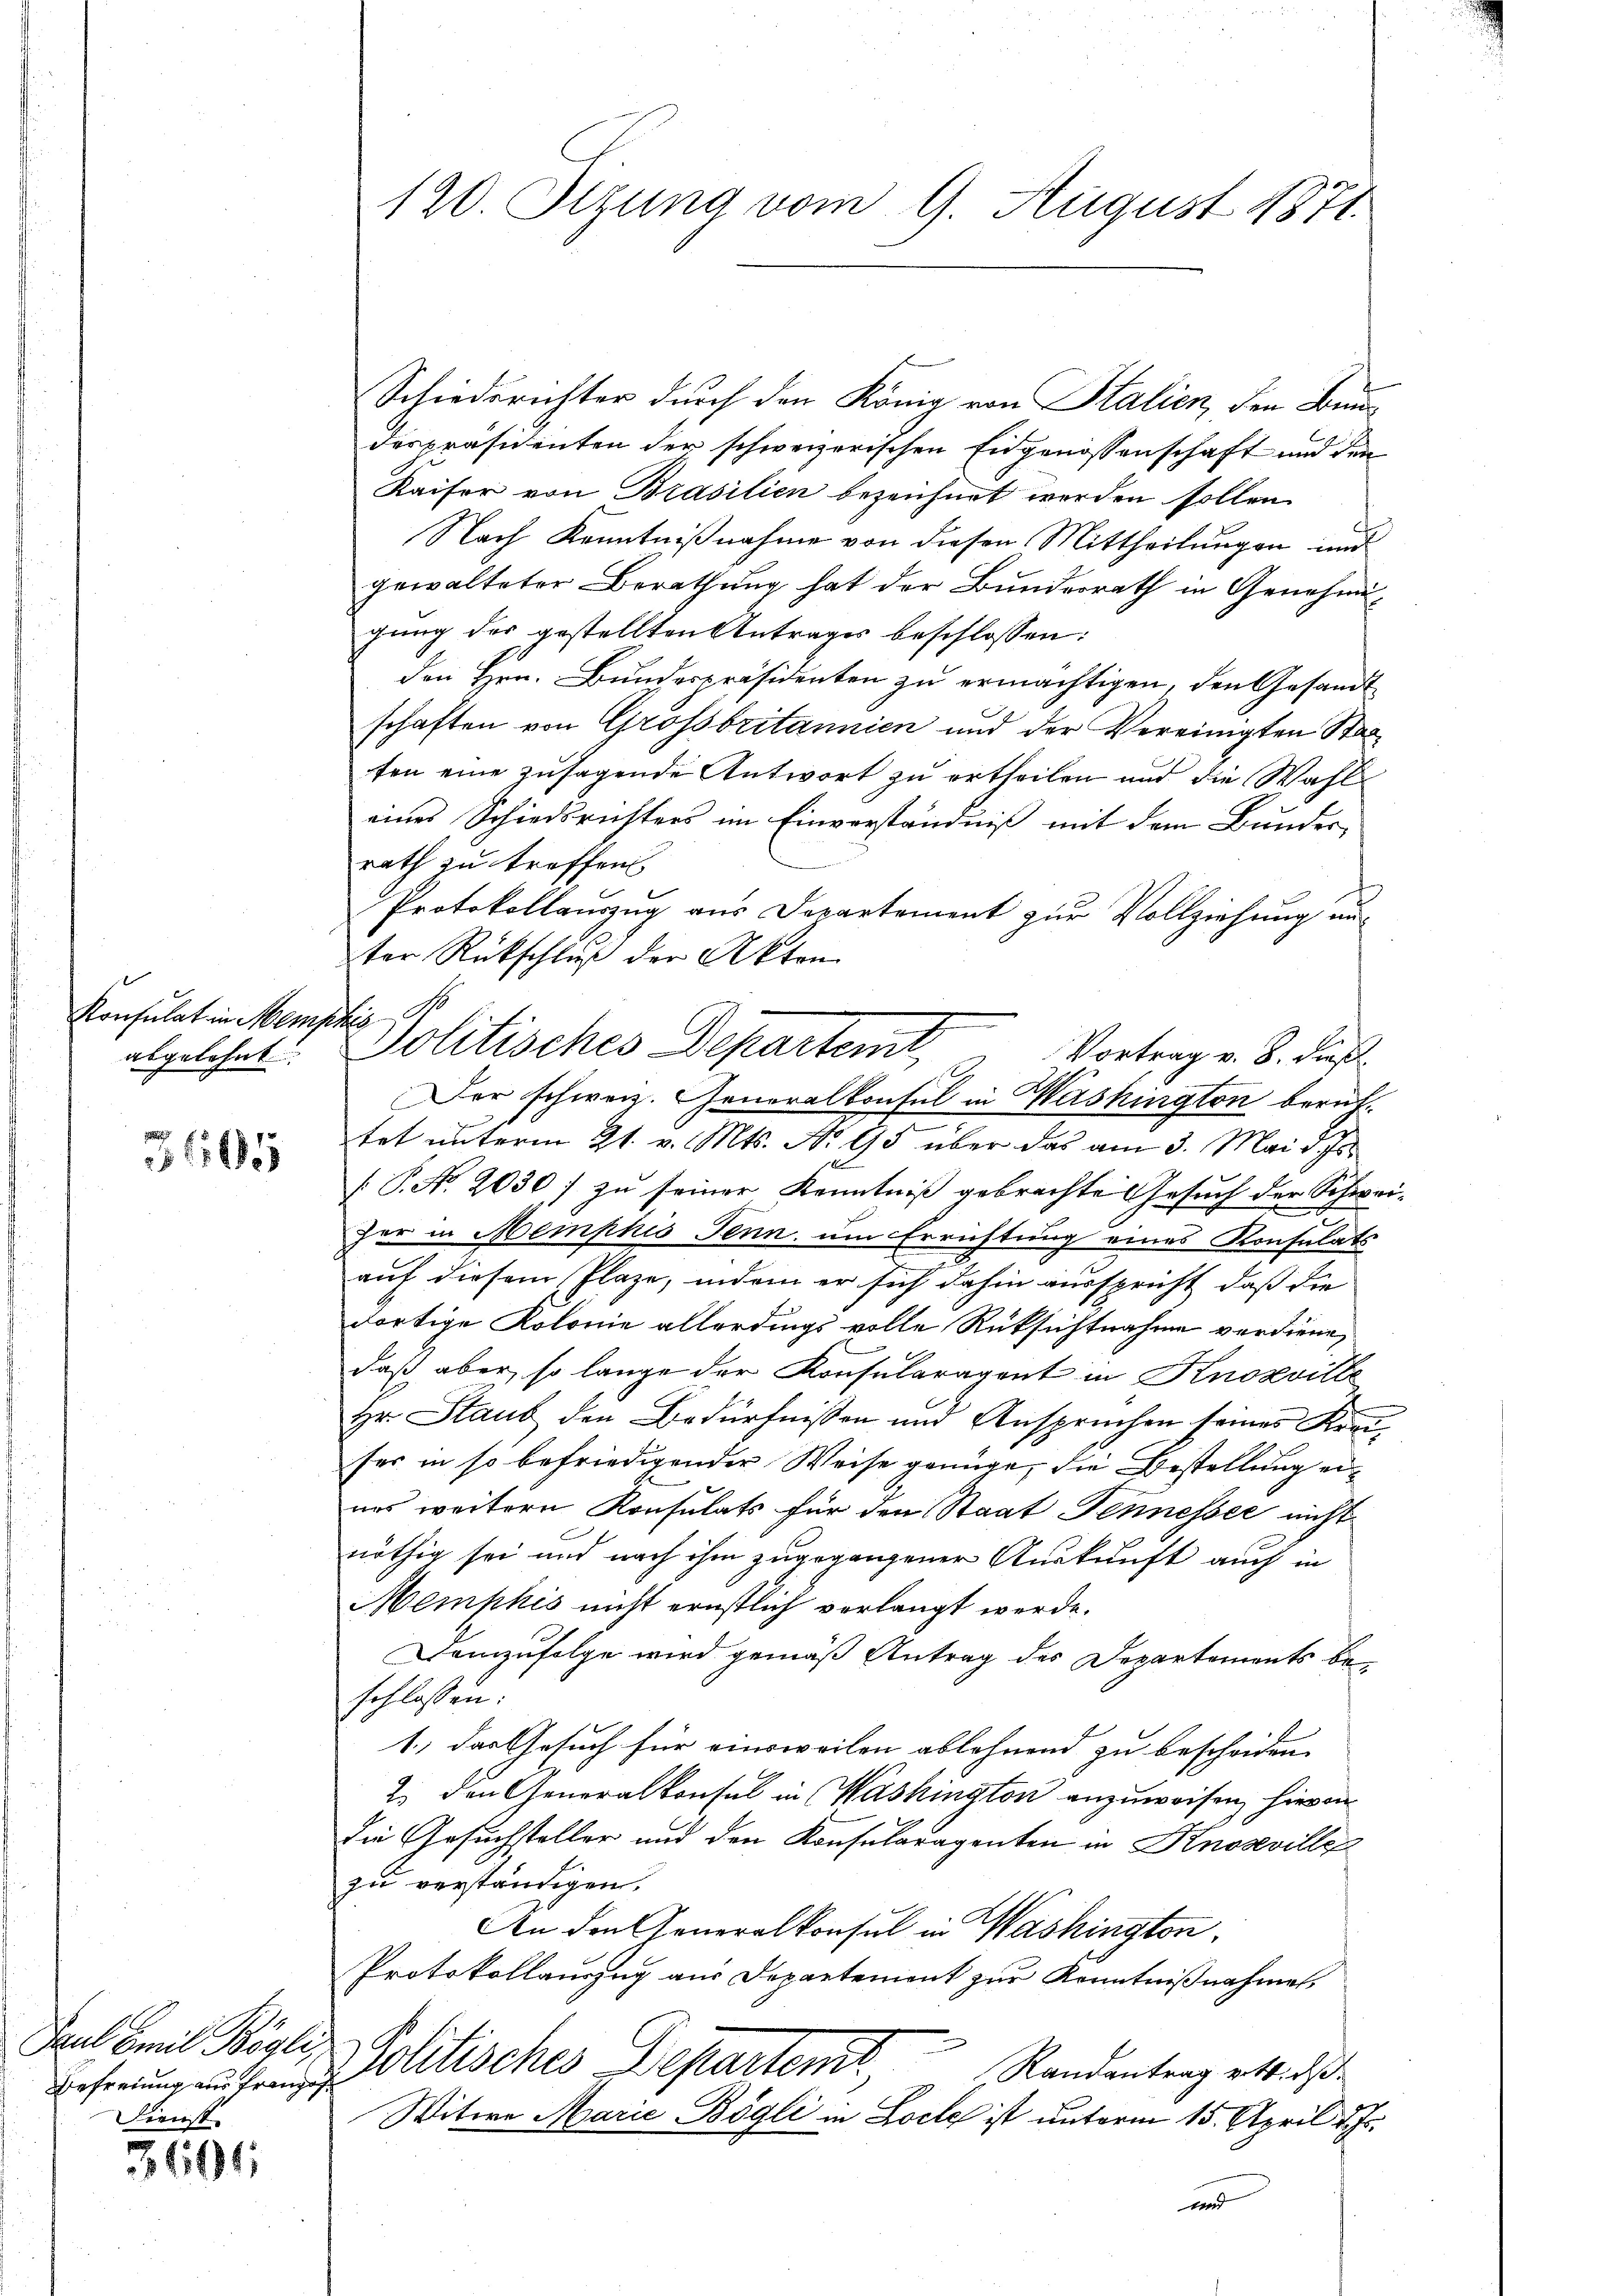
Konsulat in Memp.
abgelehnt.

Paul Emil Bögli,
Befreiung aus franz,
Dienst

3601

120. Sizung vom 9. August 1871.

Schiedsrichter durch den König von Stalien, den Bundespräsidenten der schweizerischen Eidgenossenschaft und den
Kaiser von Brasilien bezeichnet werden sollen.
Nach Kenntnißnahme von diesen Mittheilungen und
gewalteter Berathung hat der Bundesrath in Genehmigung des gestellten Antrages beschlossen:
den Hrn. Bundespräsidenten zu ermächtigen, den Gesandt
schaften von Grossbritannien und der Vereinigten Stanten eine zusagende Antwort zu ertheilen und die Wahl
eines Schiedsrichters im Einverständniß mit dem Bundesrath zu treffen
Protokollauszug aus Departement zur Vollziehung anter Rückschluß der Akten
l
Politisches Departemt
-
tet unterm 21. v. Mts. No 95 über das am 3. Mai d. Js.
[ P. Nr. 2030) zu seiner Kenntniß gebrachte Gesuch der Schwei-
x
her in Memphis Senn, um Errichtung eines Konsulats
auf diesem Plaze, indem er sich dahin ausspricht, daß die
dortige Kolonie allerdings volle Rüksichtnahme verdiene,
daß aber, so lange der Konsularagent in Knozvitte
Hr. Staub den Bedürfnissen und Anspruchen seines Kreises in so befriedigender Weise genüge, die Bestellung einas weitern Konsulats für den Staat Tennesser nicht
nöthig sei und nach ihm zugegangener Auskunft auch in
Memphis nicht ernstlich verlangt werde.
Demzufolge wird gemäß Antrag des Departements beschlossen:
1.) Das Gesuch für einsweilen ablehnend zu bescheiden.
2. den Generalkonsul in Washington anzuweisen, hievon
die Gesuchsteller und den Konsularagenten in Knoseville
zu verständigen.
An den Generalkonsul in Washington
Protokollauszug aus Departement zur Kenntnißnahmen.
Politisches Departen
Randantrag ritt. daß
Witwe Marie Bögli in Loche ist unterm 15. April d. Js.
Und

Vortrag v. 8. dieß
Der schweiz. Generalkonsul in Washington berüh¬